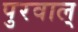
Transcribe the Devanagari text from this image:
पुरवाल्